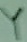
Text: Y